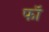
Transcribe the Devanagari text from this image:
फॉ